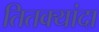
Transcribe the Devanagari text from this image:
तितक्यांदा